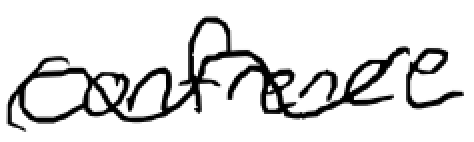
Text: Conference
Cross-out: mix
Writing tool: digital_black